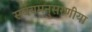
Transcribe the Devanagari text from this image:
सर्वेयमनुसरणीया